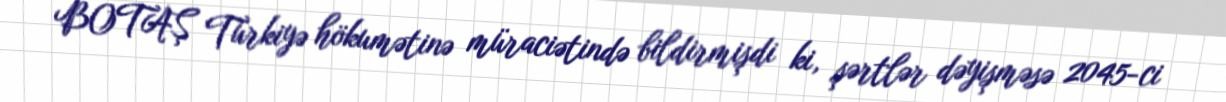
BOTAŞ Türkiyə hökumətinə müraciətində bildirmişdi ki, şərtlər dəyişməsə 2045-ci